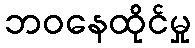
ဘဝနေထိုင်မှု